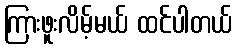
ကြားဖူးလိမ့်မယ် ထင်ပါတယ်